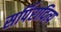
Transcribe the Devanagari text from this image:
सर्पिरादित्य